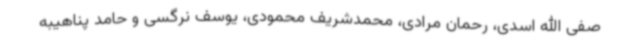
صفی الله اسدی، رحمان مرادی، محمدشریف محمودی، یوسف نرگسی و حامد پناهیبه